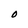
Character: O